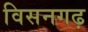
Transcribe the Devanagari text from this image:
विसनगढ़